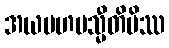
အယမဟမသ္မီတိပိဿ